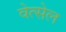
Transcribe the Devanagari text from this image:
वेत्सेल